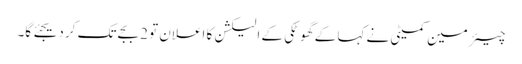
چیئرمین کمیٹی نے کہا کے گھوٹکی کے الیکشن کا اعلان تو 2 بجے تک کر دیجئے گا۔